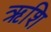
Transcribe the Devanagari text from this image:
ऋशि